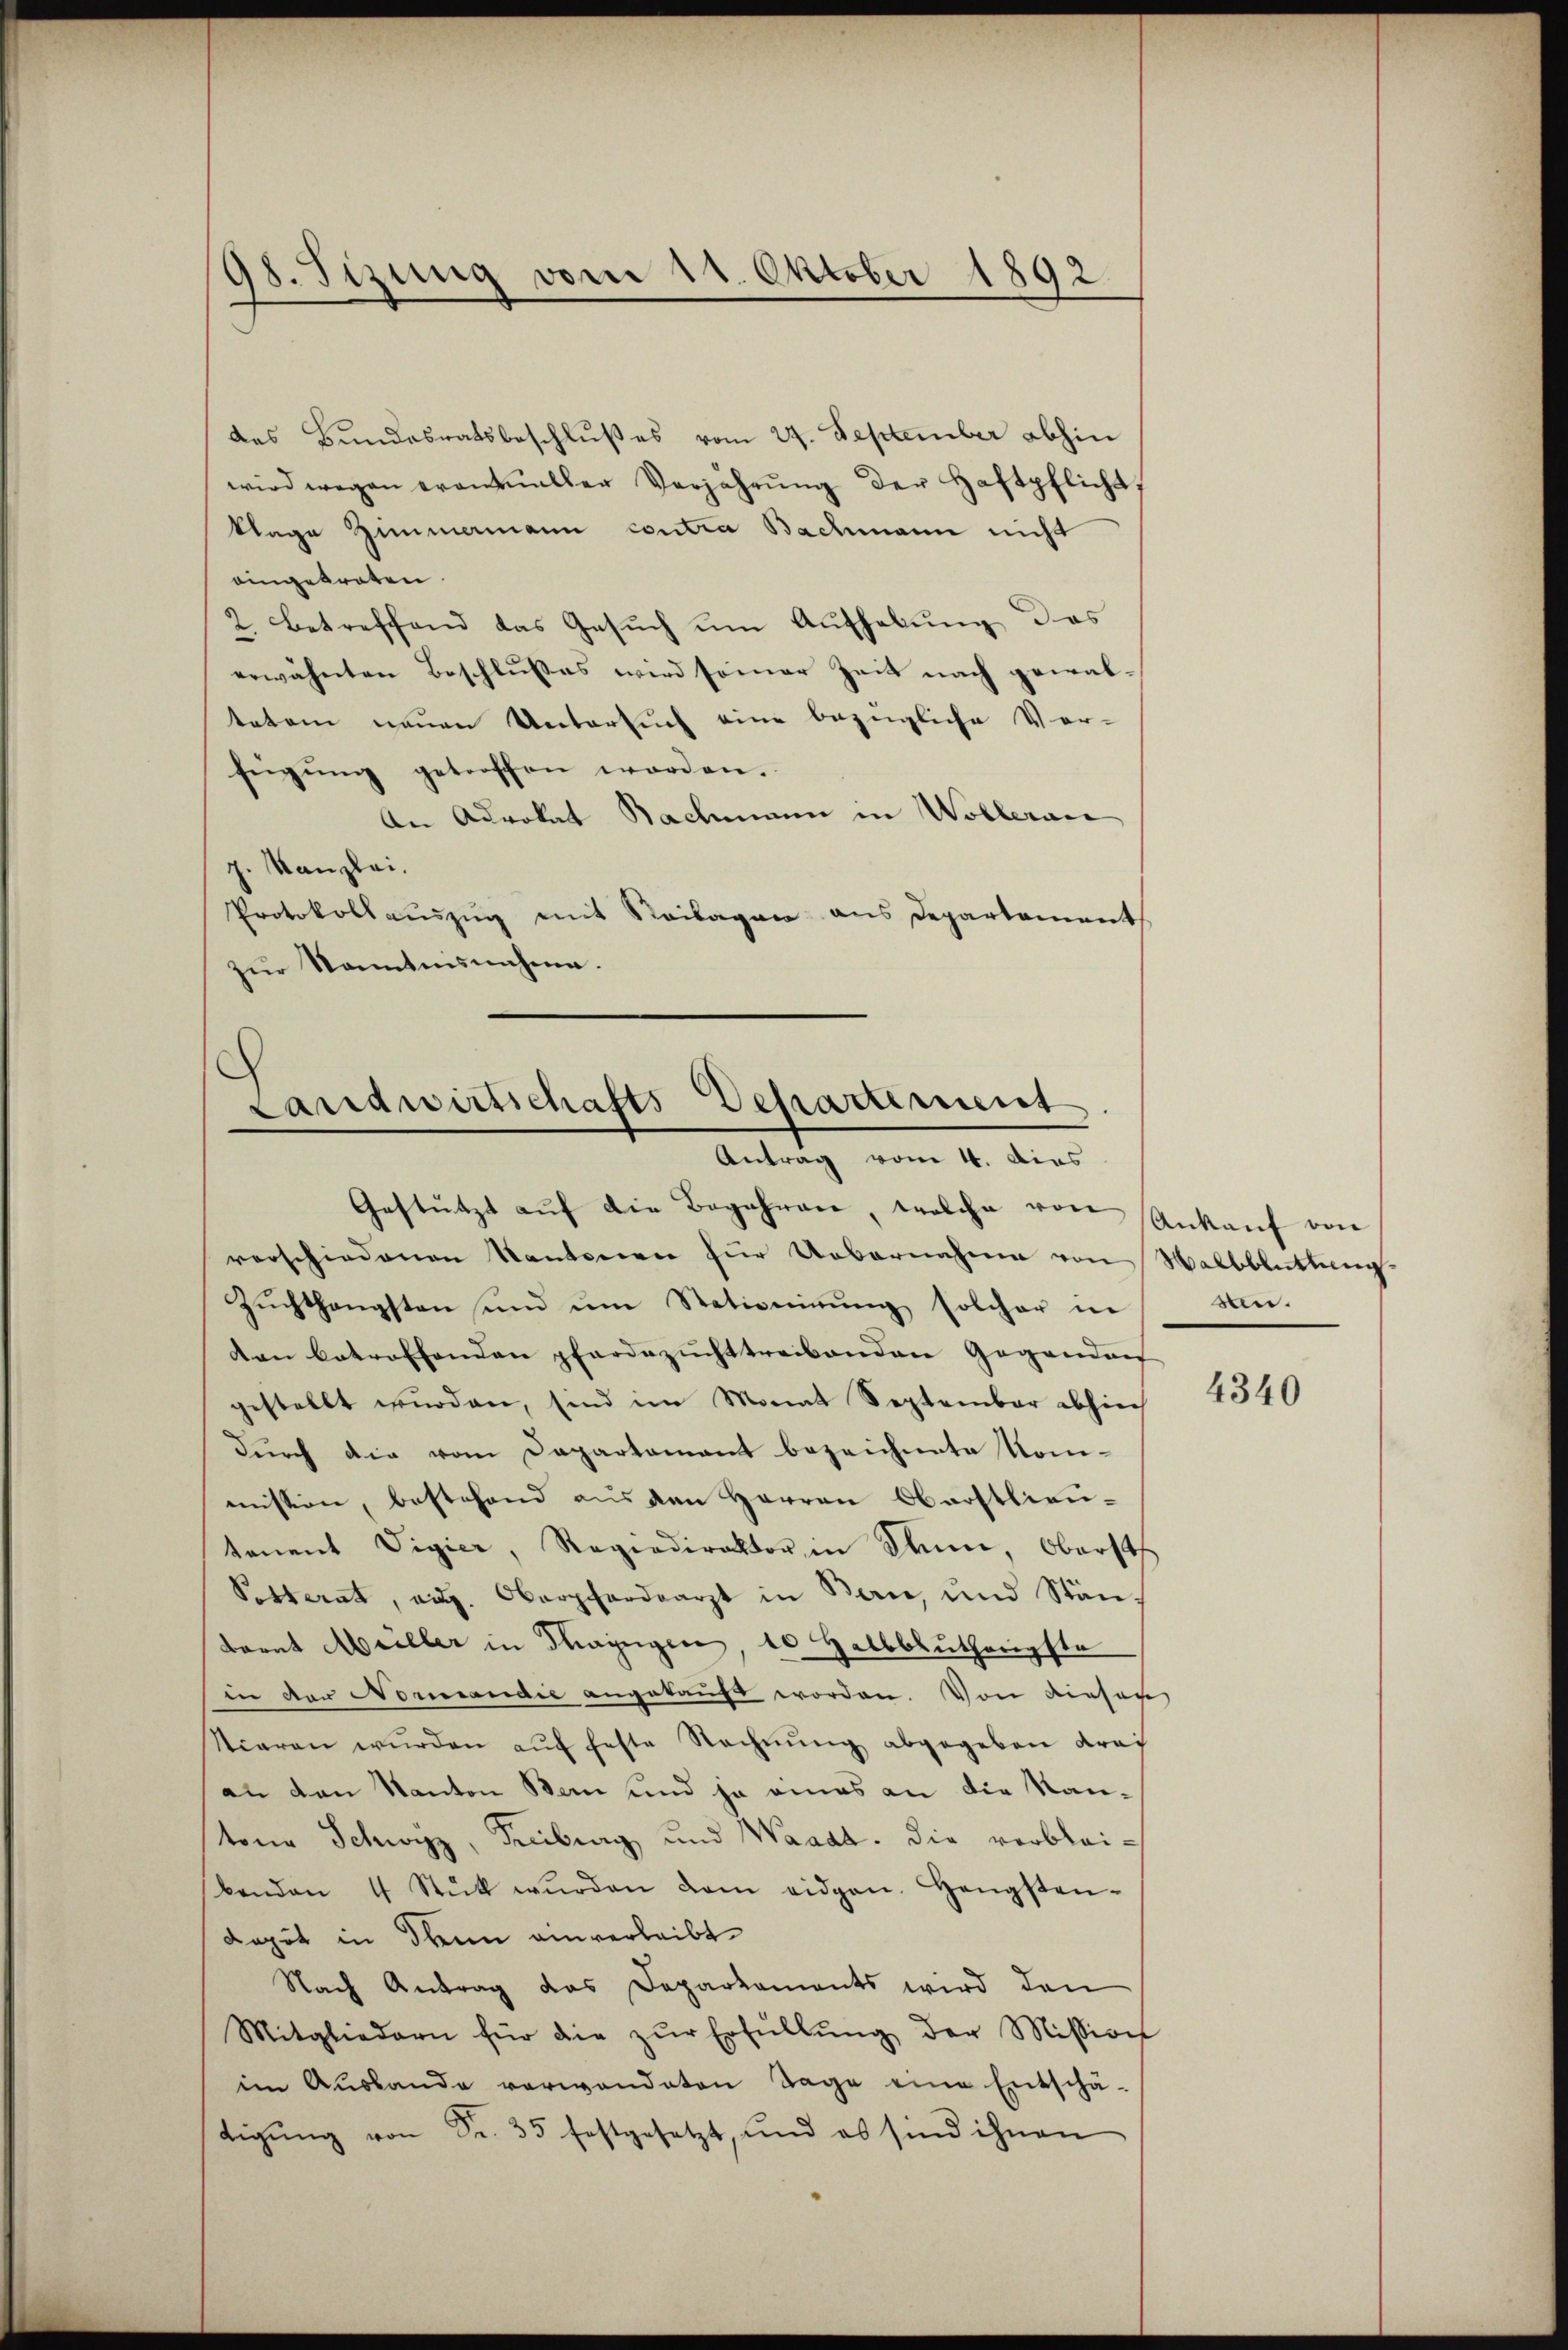
98. Sizung vom 11. Oktober 1892.

des Bundesratsbeschlußes vom 24. September abhin
wird wegen erantualler Verjährŭng der Haftpflicht,
klage Zimmamann contra Bachmann nicht
eingetreten.
2. betreffend das Gesuch um Aufhebung des
erwähnten Beschlußes wird seiner Zeit nach gewaltetem neuen Untersuch eine bezügliche Ver-
fügŭng getroffen worden.
An Advokat Bachmann in Wollerai
p. Kanzlei.
Protokollaŭszŭg mit Seilagen aus Departement
zŭr Kenntnisnahme.

Landwirtschafts Departement
Antrag vom 4. Dies

Gestützt aŭf die Begehren, welche von Ankauf von
verschiedenen Kantonen für Uebernahme von Walbblüttung
Zŭchthangsten ŭnd ŭm Stationinŭng solcher in
den betroffenden pferdezucht treibenden Gegendoch
gestellt wurden, sind im Monat September abhiech
durch die vom Departamant bezeichnete Kom-
mission, bestehend aus den Herren Oberstlieu-
tenent Vigier, Regiadirektor in kann, Oberst
Potterat, aus. Oberpferdearzt in Bern, und Stänborat Meiller in Thayngen, 10 Halbblutherigste
in der Nomandie angekauft worden. Von diesen
stiaren wŭrden aŭf feste Rechnŭng abgegeben drai
an den Kanton Bern und ja eines an die Nantene Schwyz, Freiburg und Waadt. die verbleikenden 4 Stük wŭrden dem eidgen. Hengsten-
dagit in denn einverleibt
Nach Antrag das Deparkaments wird den
Mitgliedern für die zŭr Erfüllŭng der Mission
im Auslande verwandeten Tage eine Entschä-
tigŭng von Fr. 35 festgesetzt, und es sind ihnen

sten.

4340